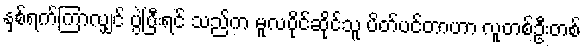
နှစ်ရက်ကြာလျှင် ပွဲပြီးရင် သည်က မူလပိုင်ဆိုင်သူ ပိတ်ပင်တာဟာ လူတစ်ဦးတစ်